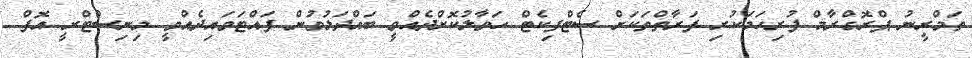
ތަމްރީނު ޕްރޮގްރާމް ފުރިހަމަކުރި ފަރާތްތަކަށް ސެޓްފިކެޓް ހަވާލުކޮށްދެއްވީ ބައްދަލުވުން ފައްޓަވައިދެއްވީ މިނިސްޓްރީ އޮފް